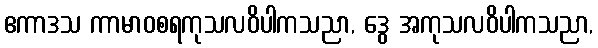
ဧကာဒသ ကာမာဝစရကုသလဝိပါကသညာ, ဒွေ အကုသလဝိပါကသညာ,